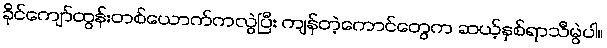
ခိုင်ကျော်ထွန်းတစ်ယောက်ကလွဲပြီး ကျန်တဲ့ကောင်တွေက ဆယ့်နှစ်ရာသီမွဲပါ။